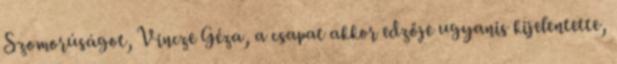
Szomorúságot, Vincze Géza, a csapat akkor edzője ugyanis kijelentette,